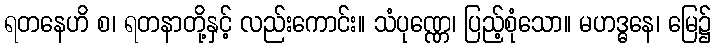
ရတနေဟိ စ၊ ရတနာတို့နှင့် လည်းကောင်း။ သံပုဏ္ဏေ၊ ပြည့်စုံသော။ မဟဒ္ဓနေ၊ မြေ၌